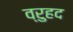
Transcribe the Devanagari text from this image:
व्रुहद